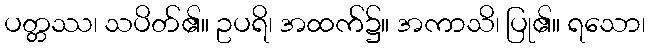
ပတ္တဿ၊ သပိတ်၏။ ဥပရိ၊ အထက်၌။ အကာသိ၊ ပြု၏။ ရသော၊